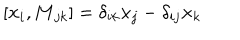
LaTeX: [ { \bf { x } } _ { i } , { \bf { M } } _ { j k } ] = \delta _ { i k } { \bf { x } } _ { j } - \delta _ { i j } { \bf { x } } _ { k }